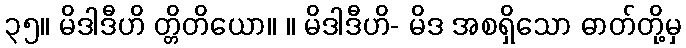
၃၅။ မိဒါဒီဟိ တ္တိတိယော။ ။ မိဒါဒီဟိ- မိဒ အစရှိသော ဓာတ်တို့မှ